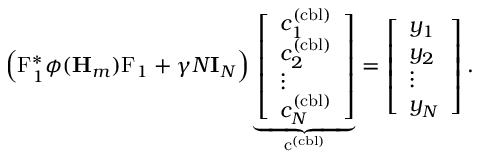
\Big ( \mathrm { F } _ { 1 } ^ { * } \phi ( \mathbf { H } _ { m } ) \mathrm { F } _ { 1 } + \gamma N \mathbf { I } _ { N } \Big ) \underbrace { \left[ \begin{array} { l } { c _ { 1 } ^ { ( \mathrm { c b l } ) } } \\ { c _ { 2 } ^ { ( \mathrm { c b l } ) } } \\ { \vdots } \\ { c _ { N } ^ { ( \mathrm { c b l } ) } } \end{array} \right] } _ { \mathrm { c } ^ { ( \mathrm { c b l } ) } } = \left[ \begin{array} { l } { y _ { 1 } } \\ { y _ { 2 } } \\ { \vdots } \\ { y _ { N } } \end{array} \right] .